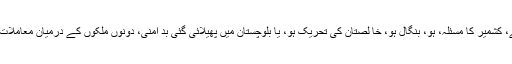
وہ دن جاتا ہے آج کا دن آتا ہے، کشمیر کا مسئلہ، ہو، بنگال ہو، خا لصتان کی تحریک ہو، یا بلوچستان میں پھیلائی گئی بد امنی، دونوں ملکوں کے درمیان معاملات الجھتے ہی چلے جا رہے ہیں۔